First report of the anti-malarial operations at Mian Mir, 1901-1903 - Number 6
Year: 1901
Disease focus: Malaria
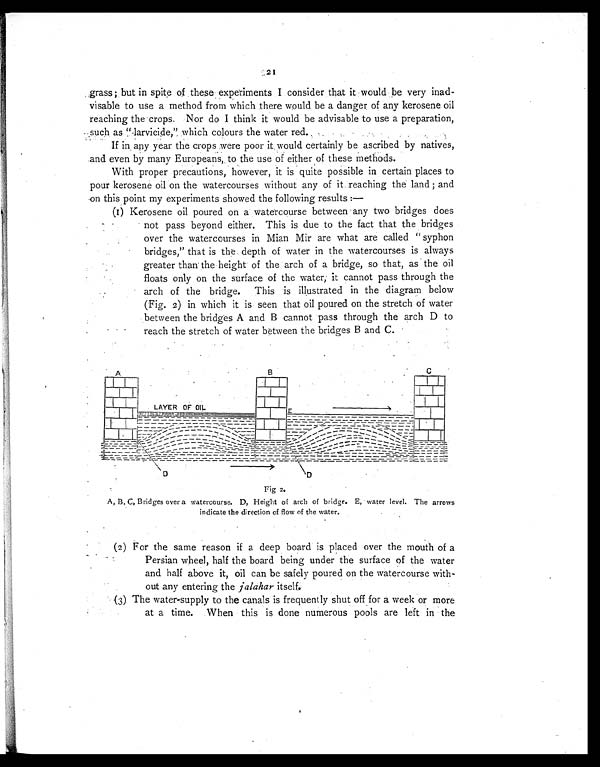
2
grass; but in spite of these experiments I consider that it would be very inad-
visable to use a method from which there would be a danger of any kerosene oil
reaching the crops. Nor do I think it would be advisable to use a preparation,
such as "larvicide," which colours the water red.
If in any year the crops were poor it, would certainly be ascribed by natives,
and even by many Europeans, to the use of either of these methods.
With proper precautions, however, it is quite possible in certain places to
pour kerosene oil on the watercourses without any of it reaching the land ; and
on this point my experiments showed the following results :
—
(I) Kerosene oil poured on a watercourse between any two bridges does
not pass beyond either. This is due to the fact that the bridges
over the watercourses in Mian Mir are what are called "syphon
bridges," that is the depth of water in the watercourses is always
greater than the height of the arch of a bridge, so that, as the oil
floats only on the surface of the water, it cannot pass through the
arch of the bridge. This is illustrated in the diagram below
(Fig. 2) in which it is seen that oil poured on the stretch of water
between the bridges A and B cannot pass through the arch D to
reach the stretch of water between the bridges B and C.
Fig 2.
A, B, C, Bridges over a watercourse. D, Height of arch of bridge. E, water level. The arrows
indicate the direction of flow of the water.
(2) For the same reason if a deep board is placed over the mouth of a
Persian wheel, half the board being under the surface of the water
and half above it, oil can be safely poured on the watercourse with
- o u t a n y e n t e r i n g t h e
j a l a h a r
i t s e l f .
(3) The water-supply to the canals is frequently shut off for a week or more
at a time. When this is done numerous pools are left in the